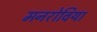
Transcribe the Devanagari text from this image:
मनरोविया